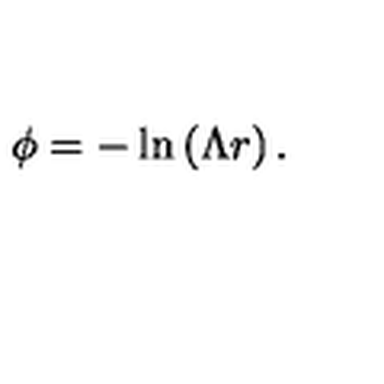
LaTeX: \phi = - \ln \left( \Lambda r \right) .